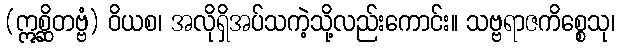
(ဣစ္ဆိတဗ္ဗံ) ဝိယစ၊ အလိုရှိအပ်သကဲ့သို့လည်းကောင်း။ သဗ္ဗရာဇကိစ္စေသု၊